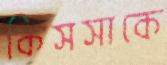
কিসসাকে